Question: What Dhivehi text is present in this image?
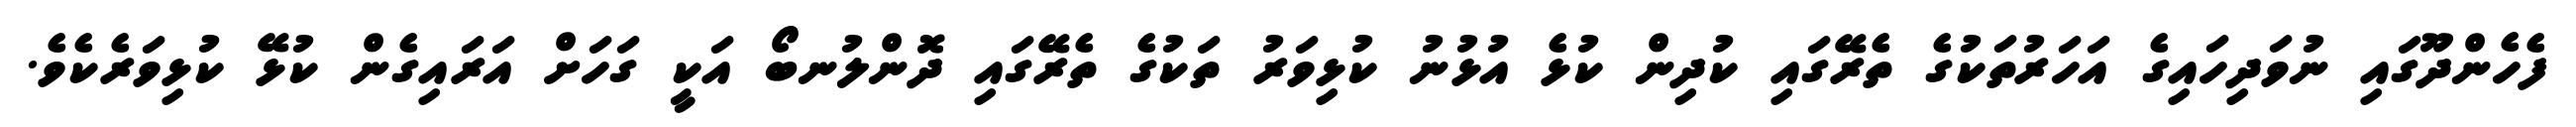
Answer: ފެހެންދޫގައި ނުވަދިހައިގެ އަހަރުތަކުގެ ތެރޭގައި ކުދިން ކުޅެ އުޅުނު ކުޅިވަރު ތަކުގެ ތެރޭގައި ދޮންލުނބޯ އަކީ ގަހަށް އަރައިގެން ކުޅޭ ކުޅިވަރެކެވެ.